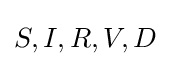
S,I,R,V,D